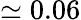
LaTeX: \simeq 0.06